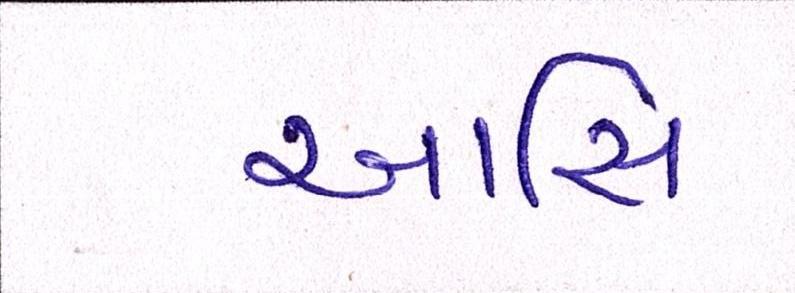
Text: આસિ